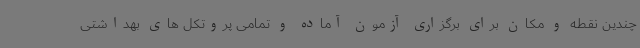
چندین نقطه و مکان برای برگزاری آزمون آماده و تمامی پروتکل های بهداشتی